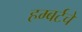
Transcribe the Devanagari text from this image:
हम्बर्टचे